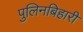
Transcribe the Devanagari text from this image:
पुलिनबिहारी